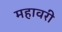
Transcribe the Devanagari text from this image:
महावरी